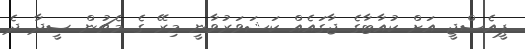
ޕީއެސްޖީ އަށް ކުއާޓާގެ ޖާގައެއް ކަޝަވަރުވާނީ މިރޭ ގެ މެޗުން ސީދާ ދެ